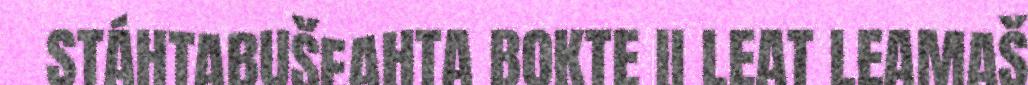
STÁHTABUŠEAHTA BOKTE II LEAT LEAMAŠ